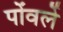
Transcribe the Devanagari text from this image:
पोंवर्ले